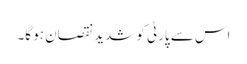
اس سے پارٹی کو شدید نقصان ہو گا۔